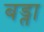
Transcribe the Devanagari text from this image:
बड्ता